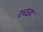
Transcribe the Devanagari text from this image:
रच्‍छा